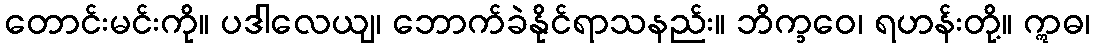
တောင်းမင်းကို။ ပဒါလေယျ၊ ဘောက်ခဲနိုင်ရာသနည်း။ ဘိက္ခဝေ၊ ရဟန်းတို့။ ဣဓ၊